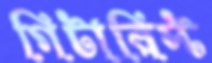
গিটারিস্ট